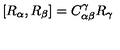
[ R _ { \alpha } , R _ { \beta } ] = C _ { \alpha \beta } ^ { \gamma } R _ { \gamma }